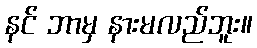
နင် ဘာမှ နားမလည်ဘူး။